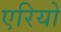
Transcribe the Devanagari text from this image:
एरियो